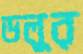
ডলুর